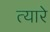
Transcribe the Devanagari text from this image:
त्यारे